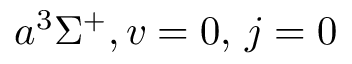
a ^ { 3 } \Sigma ^ { + } , v = 0 , \, j = 0